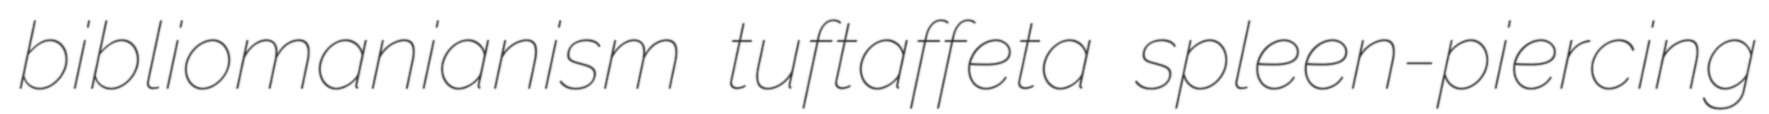
bibliomanianism tuftaffeta spleen-piercing